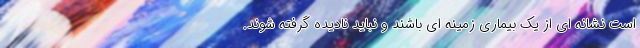
است نشانه ای از یک بیماری زمینه ای باشند و نباید نادیده گرفته شوند.